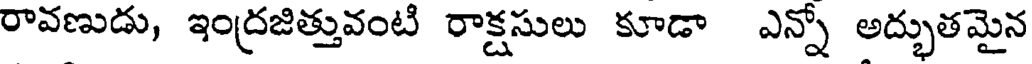
రావణుడు, ఇంద్రజిత్తువంటి రాక్షసులు కూడా ఎన్నో అద్భుతమైన